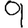
Digit: 9